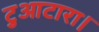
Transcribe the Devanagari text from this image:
टुआटारा।